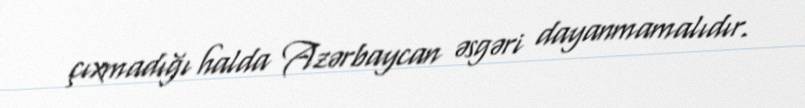
çıxmadığı halda Azərbaycan əsgəri dayanmamalıdır.